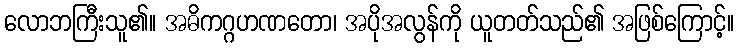
လောဘကြီးသူ၏။ အဓိကဂ္ဂဟဏတော၊ အပိုအလွန်ကို ယူတတ်သည်၏ အဖြစ်ကြောင့်။